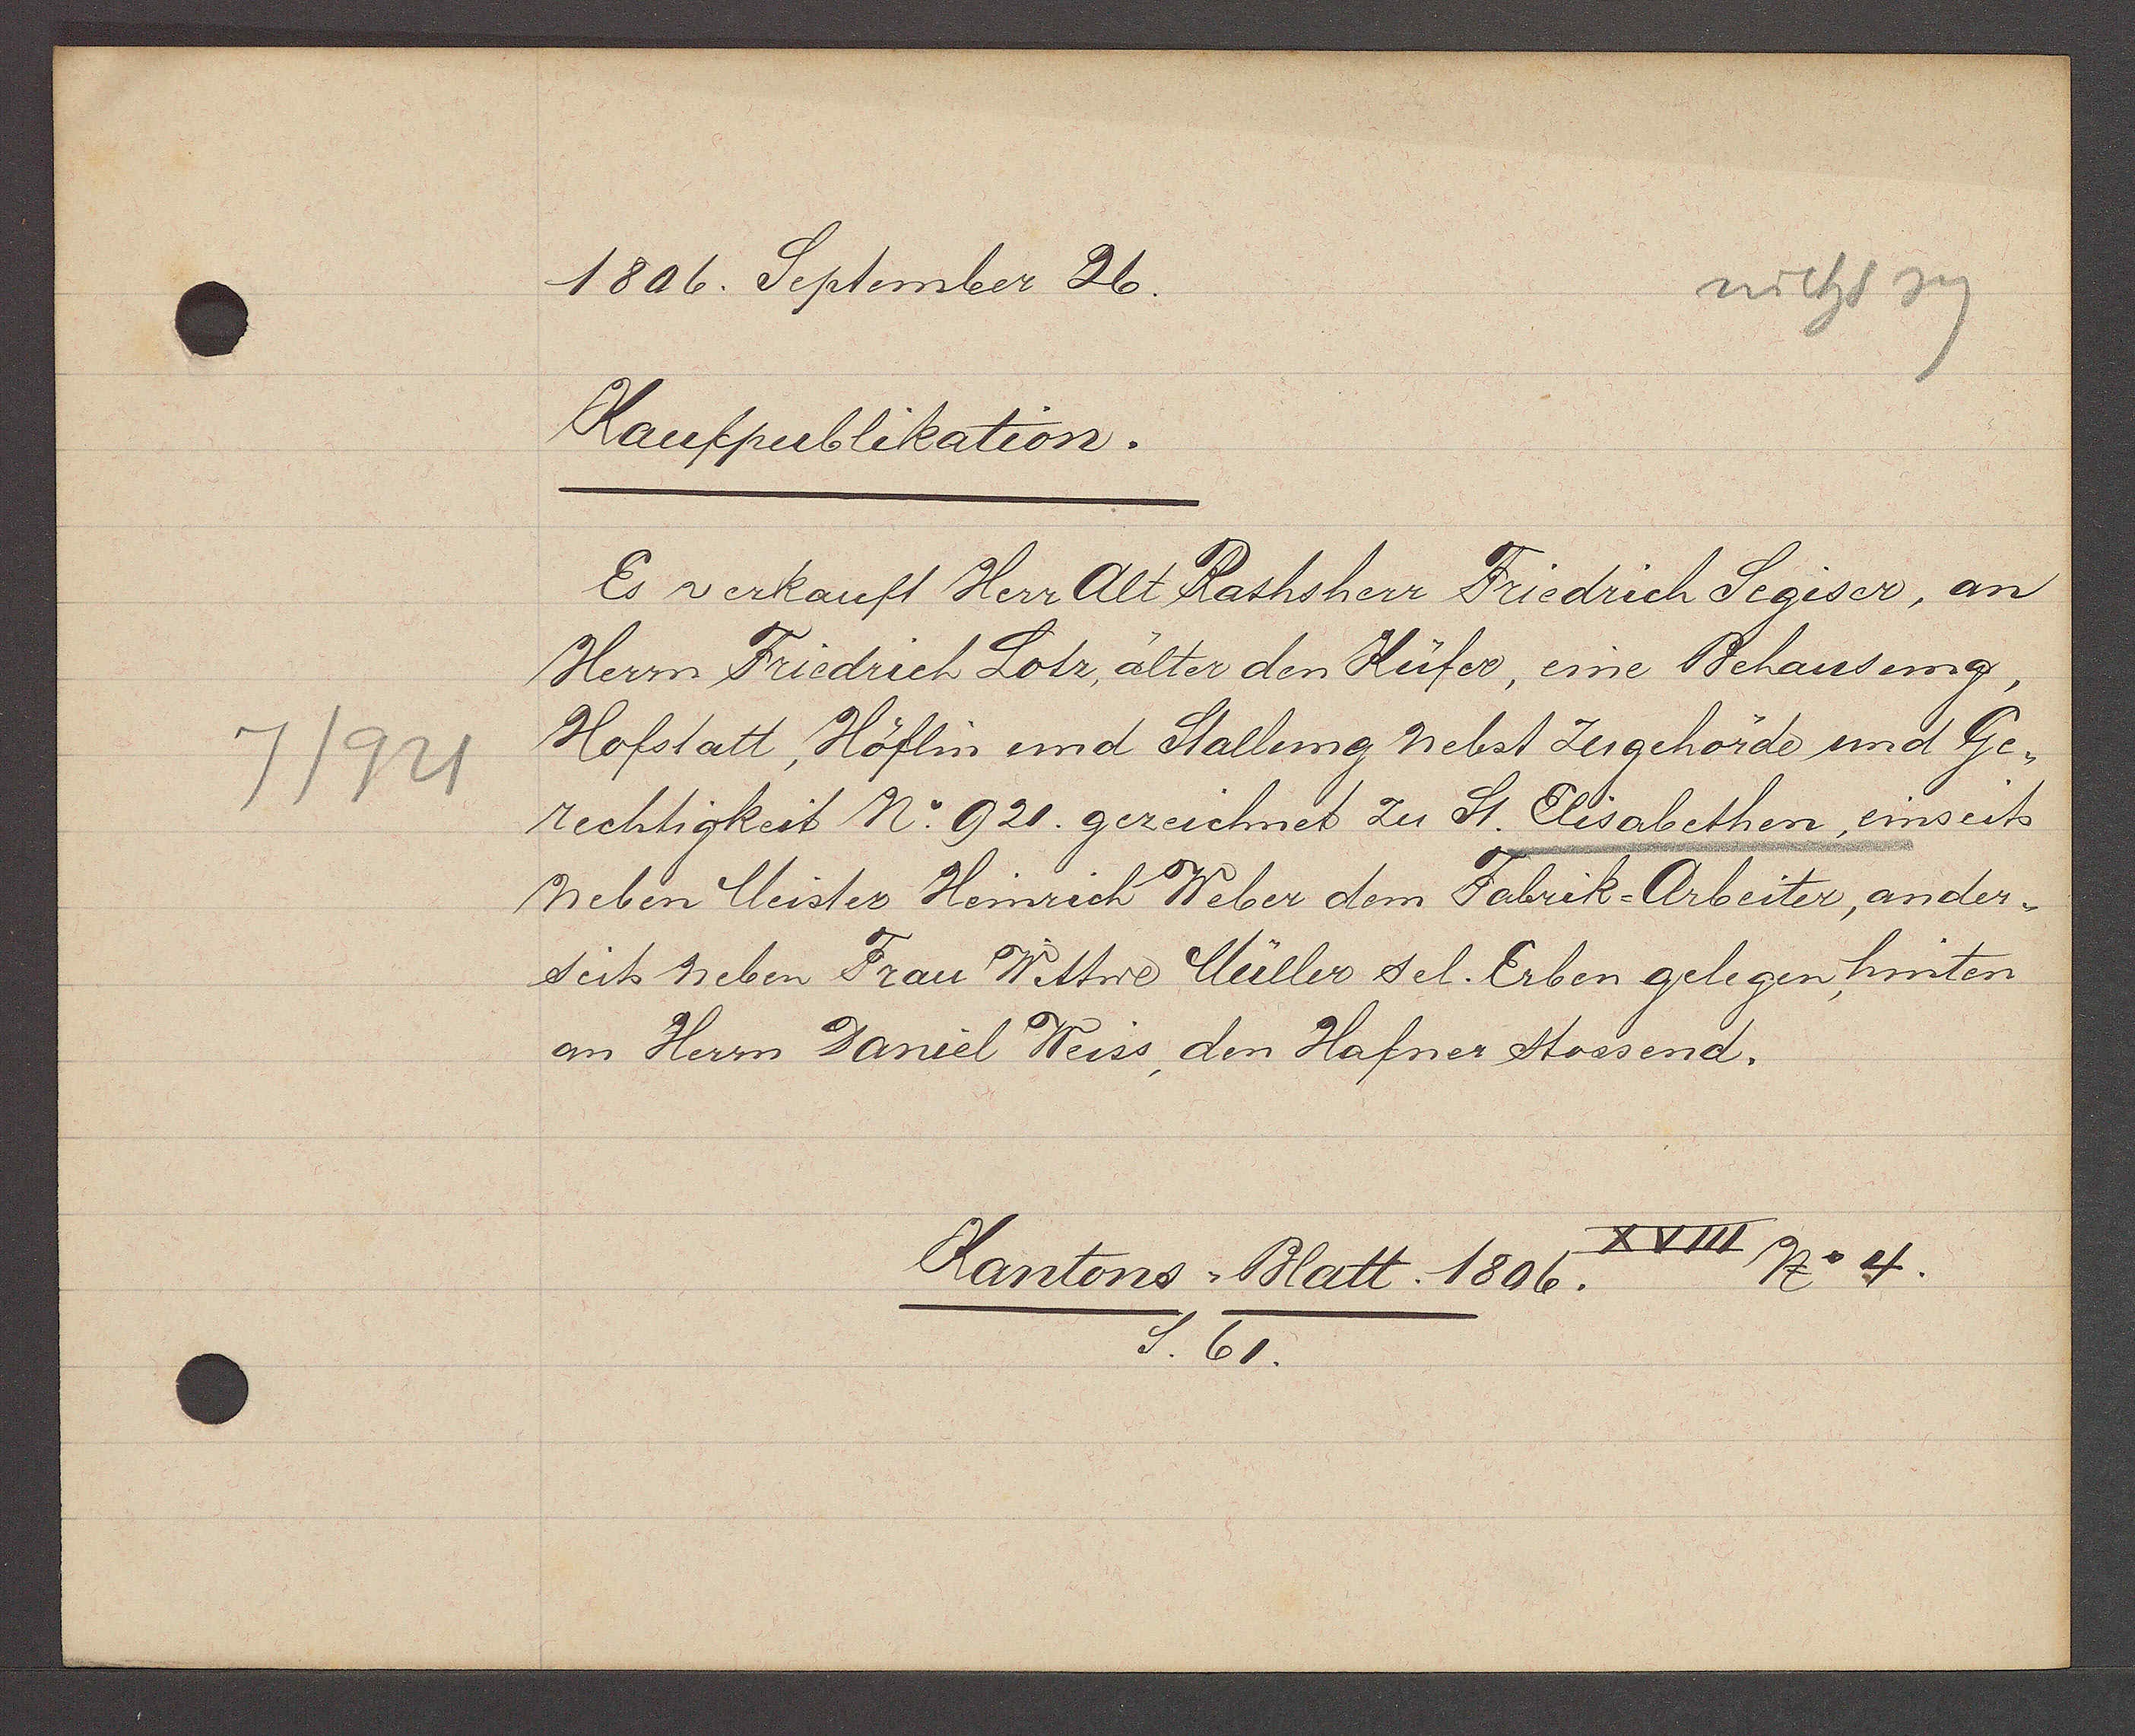
Transcript:
7/921

1806. September 26.

Kaufpublikation.
Es verkauft Herr Alt Rathsherr Friedrich Segiser, an
Herrn Friedrich Lotz, älter den Küfer, eine Behausung,
Hofstatt, Höflin und Stallung nebst Zugehörde und Ge¬
rechtigkeit No. 921. gezeichnet zu St. Elisabethen, einseits
neben Meister Heinrich Weber dem Fabrik-Arbeiter, ander¬
seits neben Frau Wittwe Müller sel. Erben gelegen, hinten
an Herrn Daniel Weiss, den Hafner stossend.

XVIII No 4.
Kantons Blatt. 1806.
S. 61.